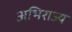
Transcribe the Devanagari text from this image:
अभिराज्य